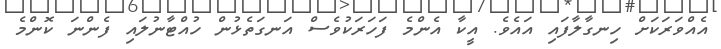
އެއްވަރަކަށް ހިނގާލާފައި އައެވެ. އީކާ އެންމެ ފަހަރަކުވެސް އަނގަތެޅުން ހުއްޓާނުލައި ފެންނަ ކޮންމެ